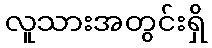
လူသားအတွင်းရှိ